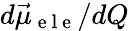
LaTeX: d\vec{\mu}_{\mathrm{~e~l~e~}}/dQ